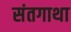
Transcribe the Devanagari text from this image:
संतगाथा